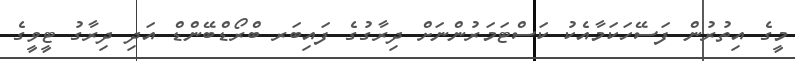
މީގެ އިތުރުން ފަސޭހަކަމާއެކު ކަސްޓަމަރުންނަށް ދިރާގުގެ ފައިބަރ ބްރޯޑްބޭންޑް އަދި ދިރާގު ޓީވީގެ